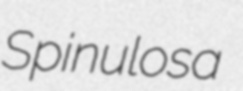
Spinulosa